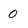
Character: 0